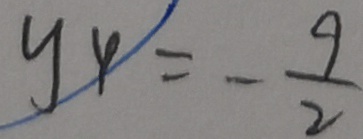
y _ { 4 } = - \frac { 9 } { 2 }